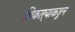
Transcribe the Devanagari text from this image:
शिकाऱ्याकडून